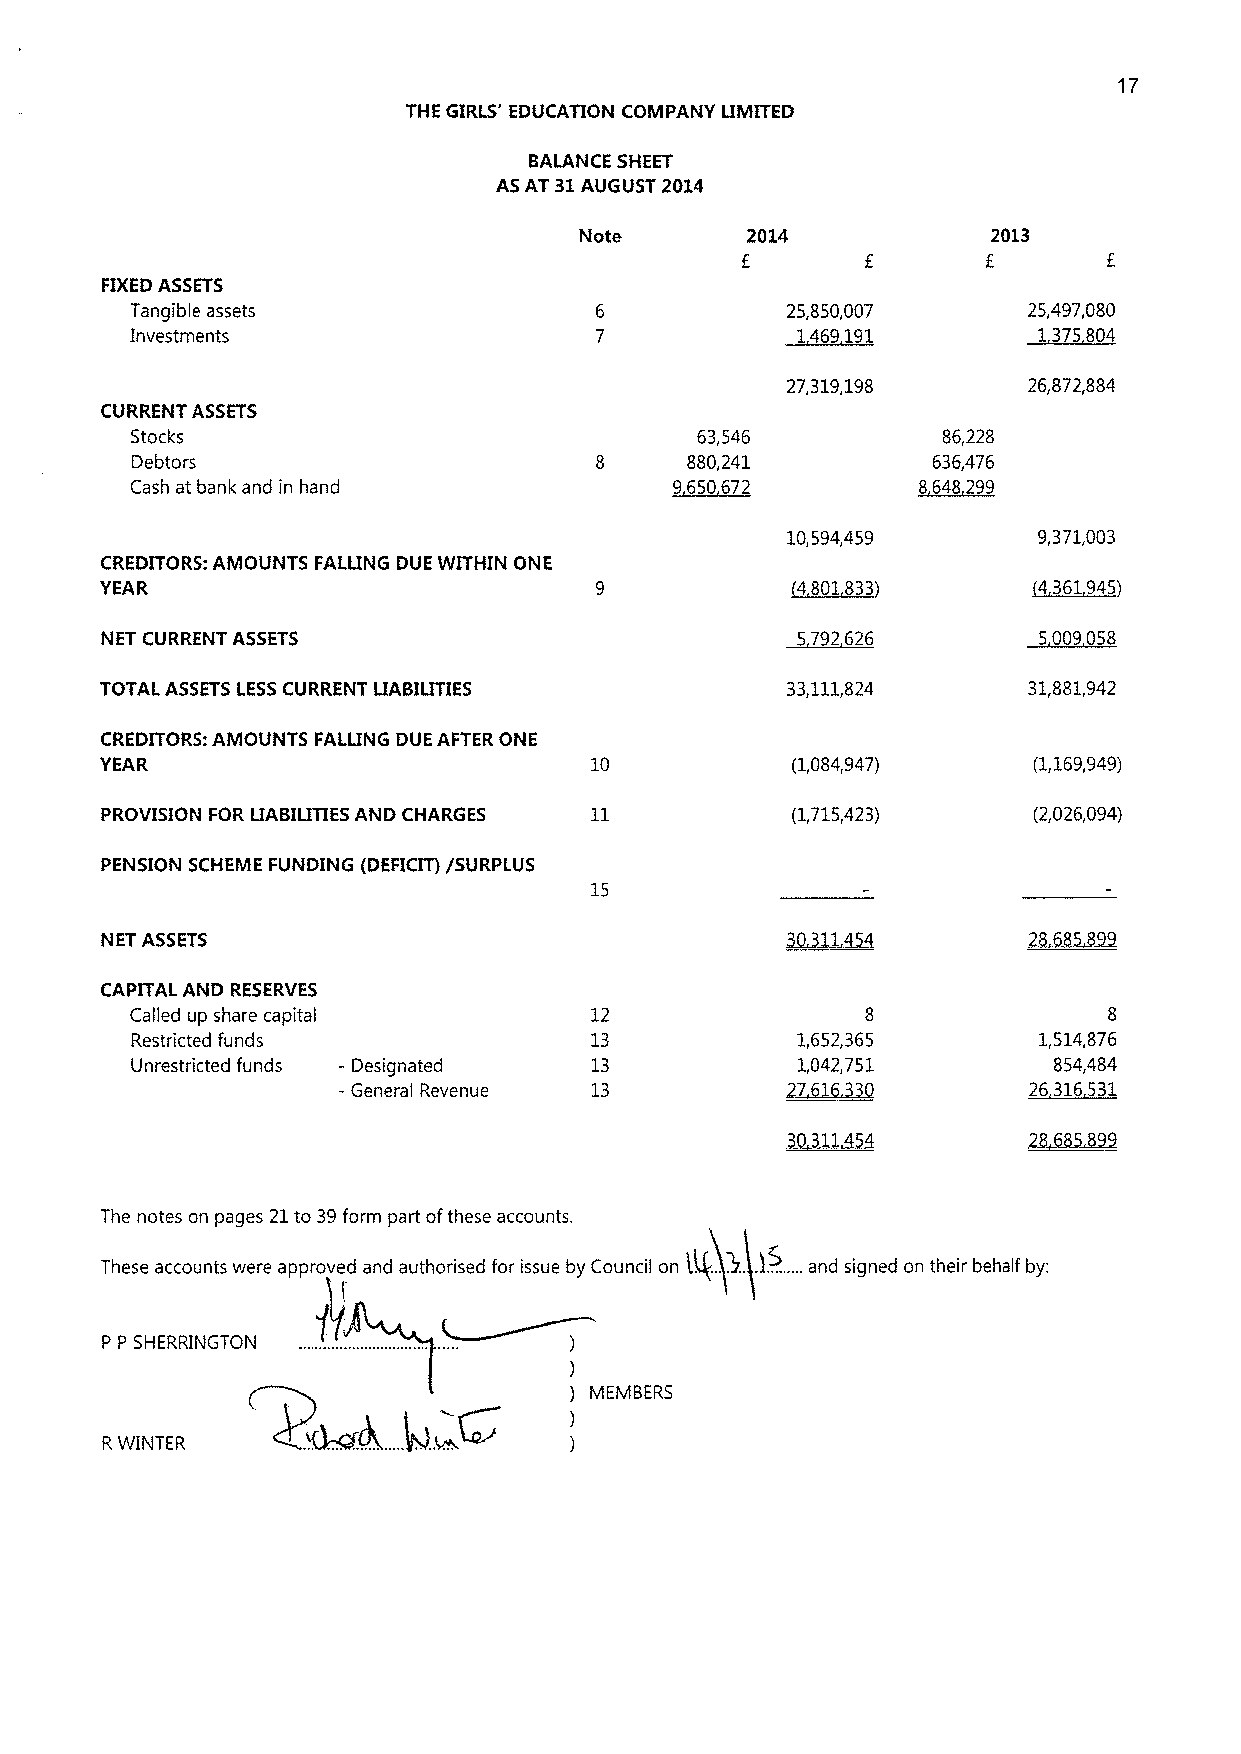
17
 THE GIRLS' EDUCATION COMPANY LIMITED
 BALANCE SHEET
 AS AT 31AUGUST 2014
 Note       2014             2013
 f               f
 FIXEDASSETS
 Tangible assets                            25,850,007      25,497,080
 Investments                                 1469191         1375804
 27,319,198      26,872,884
 CURRENT ASSETS
 Stocks                               63,546          86,228
 Debtors                             880,241          636,476
 Cash at bank and in hand           9650672          8648299
 10,594,459       9,371,003
 CREDITORS: AIVIOUNTS FALLING DUE WITHIN ONE
 YEAR                                         ~4801833         4361945
 NET CURRENT ASSETS                            5792626         5009058
 TOTAL ASSETS LESSCURRENT LIABILITIES         33,111,824      31,881,942
 CREDITORS:AIVIOUNTS FALLING DUE AFTER ONE
 YEAR                            10           (1,084,947)     (1,169,949)
 PROVISION FOR LIABITTIE AND CHARGES          (1,715,423)     (2,026,094)
 PENSION SCHEME FUNDING (DEFICIT)/SURPLUS
 15
 NET ASSETS
 CAPITAL AND RESERVES
 Called up share capital       12                8               8
 Restricted funds              13            1,652,365       1,514,876
 Unrestricted funds - Designated 13          1,042,751        854,484
 -General Revenue 13           2M/16.33O       26 316531
 The notes on pages 21to 39form part ofthese accounts.
 1~,
 These accounts were approved and authorised for issue by Council on ig.. .u.. ...and signed on their behalf by:
 P P SHERRINGTON
 )
 ) MEMBERS
 )
 RWINTER                        )